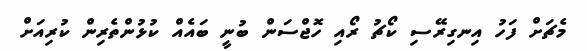
މެޗަށް ފަހު އިނގިރޭސި ކޯޗު ރޯއި ހޮޖްސަން ބުނީ ބައެއް ކުޅުންތެރިން ކުރިއަށް